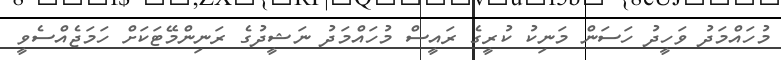
މުހައްމަދު ވަހީދު ހަސަން މަނިކު ކުރީގެ ރައީސް މުހައްމަދު ނަޝީދުގެ ރަނިންމޭޓަކަށް ހަމަޖެއްސެވީ